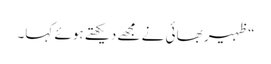
“ظہیر بھائی نے مجھے دیکھتے ہوئے کہا۔